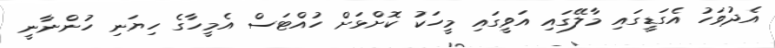
އެދުވަހު އެގަޑީގައި މާލޭގައި އަވީގައި މީހަކު ކޮށްޅަށް ހުއްޓަސް އެމީހާގެ ހިޔަނި ހުންނާނީ